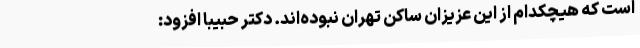
است که هیچکدام از این عزیزان ساکن تهران نبوده‌اند. دکتر حبیبا افزود: